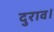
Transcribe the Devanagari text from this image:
दुराव।